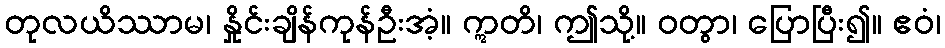
တုလယိဿာမ၊ နှိုင်းချိန်ကုန်ဦးအံ့။ ဣတိ၊ ဤသို့။ ဝတွာ၊ ပြောပြီး၍။ ဧဝံ၊